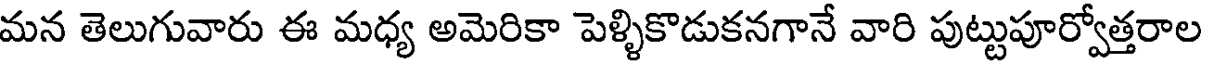
మన తెలుగువారు ఈ మధ్య అమెరికా పెళ్ళికొడుకనగానే వారి పుట్టుపూర్వోత్తరాల